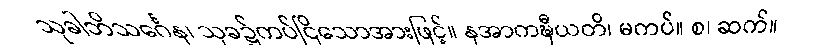
သုခါဘိသင်္ဂေန၊ သုခ၌ကပ်ငြိသောအားဖြင့်။ နအာကဍ္ဎီယတိ၊ မကပ်။ စ၊ ဆက်။